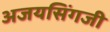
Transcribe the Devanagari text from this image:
अजयसिंगजी